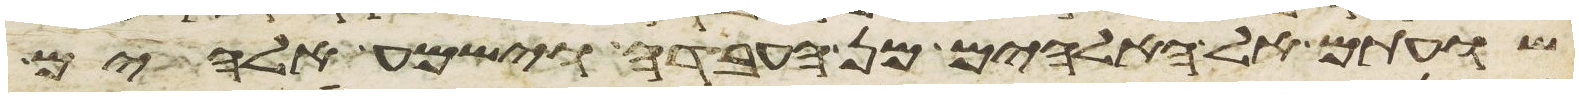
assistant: שועתם אל האלהים מן העבדה וישמע אלהים